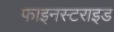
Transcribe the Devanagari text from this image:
फाइनस्टराइड